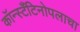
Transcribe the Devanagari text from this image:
कॉन्स्टँटिनोपलाचा